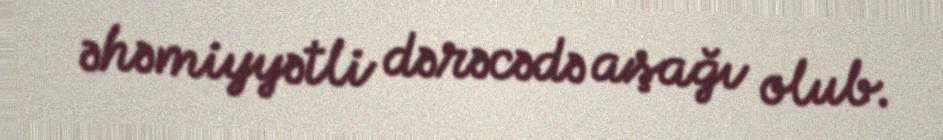
əhəmiyyətli dərəcədə aşağı olub.